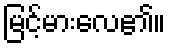
မြင့်မားလေ၏။